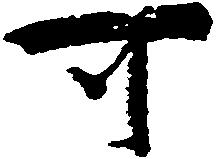
可